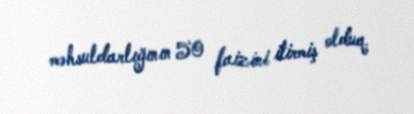
məhsuldarlığının 50 faizini itirmiş olduq.